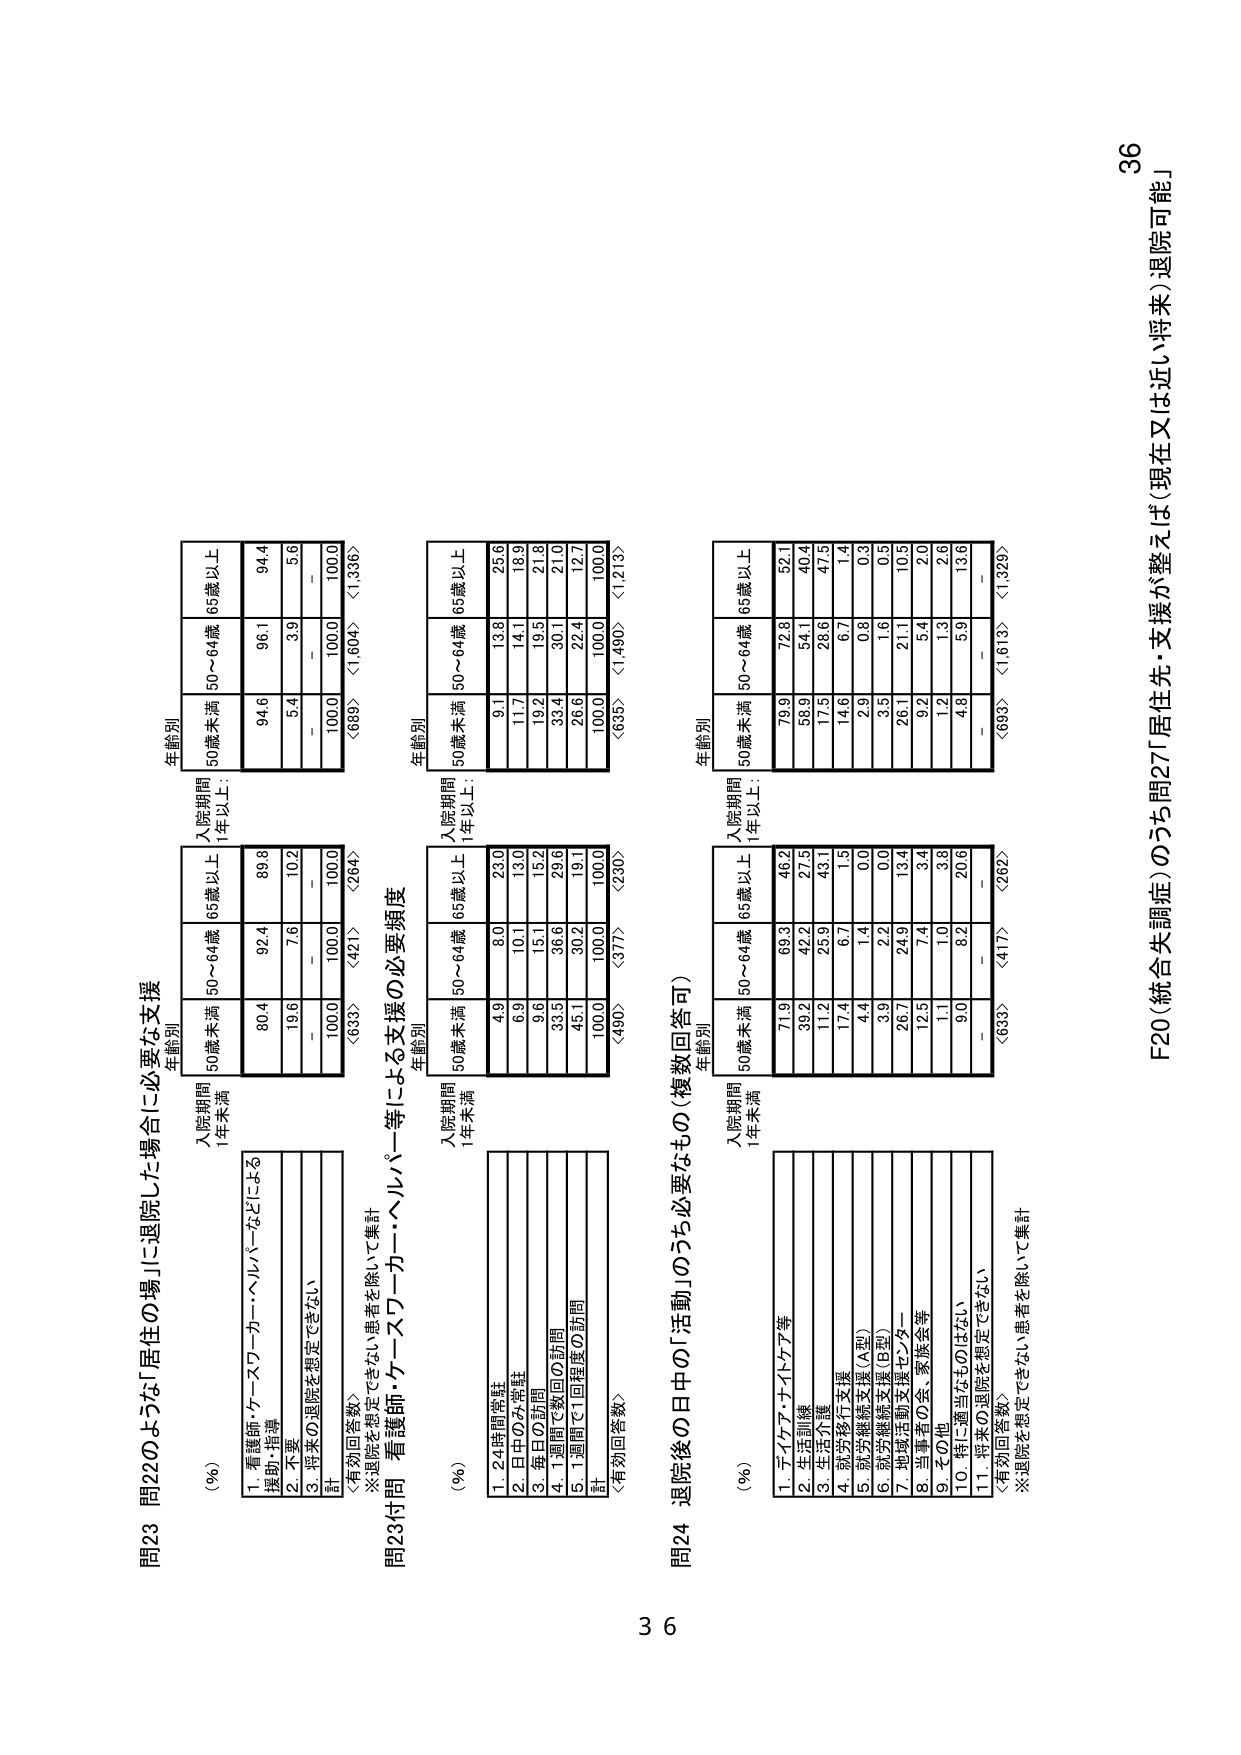
問23 問22のような「居住の場」に退院した場合に必要な支援
(%)
入院期間
1年未満
入院期間
1年以上：
年齢別
50歳未満
50～64歳
65歳以上
年齢別
50歳未満
50～64歳
65歳以上
1. 看護師・ケースワーカー・ヘルパーなどによる
援助・指導
80.4
92.4
89.8
94.6
96.1
94.4
2. 不要
19.6
7.6
10.2
5.4
3.9
5.6
3. 将来の退院を想定できない
－
－
－
－
－
－
計
100.0
100.0
100.0
100.0
100.0
100.0
〈有効回答数〉
〈633〉
〈421〉
〈264〉
〈689〉
〈1,604〉
〈1,336〉
※退院を想定できない患者を除いて集計

問23付問 看護師・ケースワーカー・ヘルパー等による支援の必要頻度
(%)
入院期間
1年未満
入院期間
1年以上：
年齢別
50歳未満
50～64歳
65歳以上
年齢別
50歳未満
50～64歳
65歳以上
1. 24時間常駐
4.9
8.0
23.0
9.1
13.8
25.6
2. 日中のみ常駐
6.9
10.1
13.0
11.7
14.1
18.9
3. 毎日の訪問
9.6
15.1
15.2
19.2
19.5
21.0
4. 1週間に数回の訪問
33.5
36.6
29.6
33.4
30.1
21.0
5. 1週間で1回程度の訪問
45.1
30.2
19.1
26.6
22.4
12.7
計
100.0
100.0
100.0
100.0
100.0
100.0
〈有効回答数〉
〈490〉
〈377〉
〈230〉
〈635〉
〈1,490〉
〈1,218〉

問24 退院後の日中の「活動」のうち必要なもの（複数回答可）
(%)
入院期間
1年未満
入院期間
1年以上：
年齢別
50歳未満
50～64歳
65歳以上
年齢別
50歳未満
50～64歳
65歳以上
1. デイケア・ナイトケア等
71.9
69.3
46.2
79.9
72.8
52.1
2. 生活訓練
39.2
42.2
27.5
58.9
54.1
40.4
3. 生活介護
11.2
25.9
43.1
17.5
28.6
47.5
4. 就労移行支援
17.4
6.7
1.5
14.6
6.7
1.4
5. 就労継続支援（A型）
4.4
1.4
0.0
2.9
0.8
0.3
6. 就労継続支援（B型）
3.9
2.2
0.0
3.5
1.6
0.5
7. 地域活動支援センター
26.7
24.9
13.4
26.1
21.1
10.5
8. 当事者の会、家族会等
12.5
7.4
3.4
9.2
5.4
2.0
9. その他
1.1
1.0
3.8
1.2
1.3
2.6
10. 特に適当なものはない
9.0
8.2
20.6
4.8
5.9
13.6
11. 将来の退院を想定できない
－
－
－
－
－
－
〈有効回答数〉
〈633〉
〈417〉
〈262〉
〈693〉
〈1,613〉
〈1,329〉
※退院を想定できない患者を除いて集計

F20（統合失調症）のうち問27「居住先・支援が整えば（現在又は近い将来）退院可能」
36